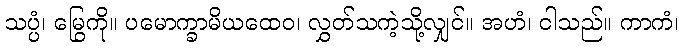
သပ္ပံ၊ မြွေကို။ ပမောက္ခာမိယထေဝ၊ လွှတ်သကဲ့သို့လျှင်။ အဟံ၊ ငါသည်။ ကာကံ၊